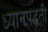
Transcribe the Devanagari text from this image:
ध्यानपद्धती